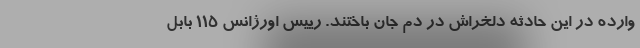
وارده در این حادثه دلخراش در دم جان باختند. رییس اورژانس ۱۱۵ بابل